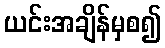
ယင်းအချိန်မှစ၍